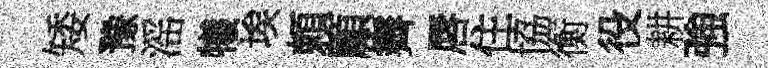
矮豫滛犧埃頼顧霽唇住協衡役耕強